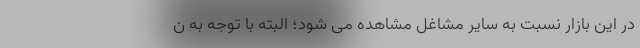
در این بازار نسبت به سایر مشاغل مشاهده می شود؛ البته با توجه به ن